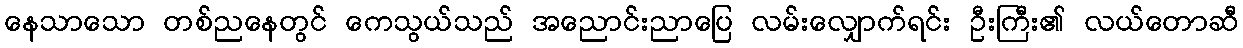
နေသာသော တစ်ညနေတွင် ကေသွယ်သည် အညောင်းညာပြေ လမ်းလျှောက်ရင်း ဦးကြီး၏ လယ်တောဆီ